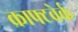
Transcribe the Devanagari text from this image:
क्राफ्टवेर्क